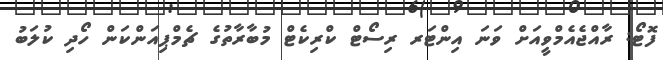
ފޮޓޯ: ރާއްޖެއެމްވީއަށް ވަނަ އިންޓަރ ރިސޯޓް ކްރިކެޓް މުބާރާތުގެ ޗެމްޕިއަންކަން ހޯދި ކުލަބު